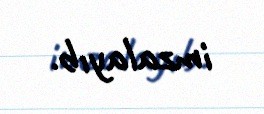
imzalayıb.